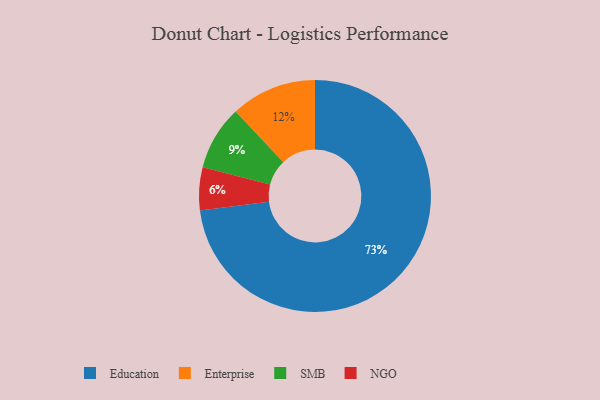
{"axis": {"x": "Category", "y": "Percentage"}, "legend": ["Education", "Enterprise", "NGO", "SMB"], "data": [{"x": "NGO", "y": 6, "type": "NGO"}, {"x": "Education", "y": 73, "type": "Education"}, {"x": "Enterprise", "y": 12, "type": "Enterprise"}, {"x": "SMB", "y": 9, "type": "SMB"}]}